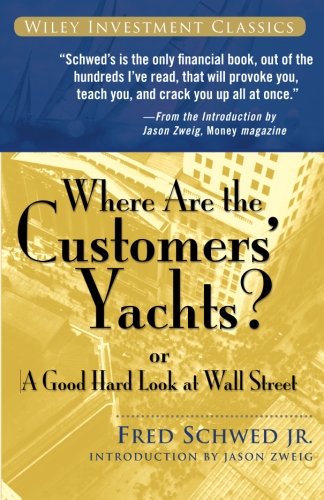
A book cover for Where Are the Customers' Yachts: or A Good Hard Look at Wall Street; Fred  Schwed; Humor & Entertainment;